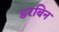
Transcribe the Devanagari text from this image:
डरबिन